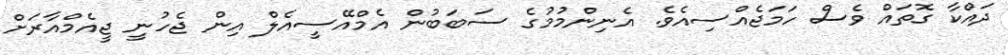
ދައްކާ ގޮތައް ވެސް ހަމަޖެއްސިއެވެ. އެނިންމުމުގެ ސަބަބުން އެމްއޭސީއެލް އިން ޖެހުނީ ޖީއެމްއާރަށް